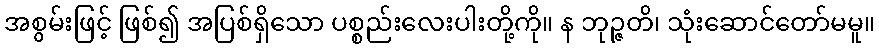
အစွမ်းဖြင့် ဖြစ်၍ အပြစ်ရှိသော ပစ္စည်းလေးပါးတို့ကို။ န ဘုဉ္ဇတိ၊ သုံးဆောင်တော်မမူ။